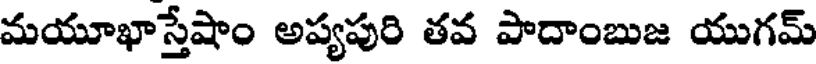
మయూఖాస్తేషాం అప్యపురి తవ పాదాంబుజ యుగమ్